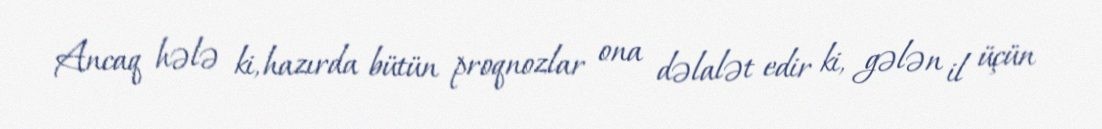
Ancaq hələ ki, hazırda bütün proqnozlar ona dəlalət edir ki, gələn il üçün